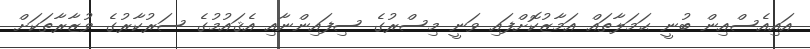
އައިއެސްއިން ބުނީ ޙަމަލާތައް އަމާޒުކޮށްފައި ވަނީ މިސްރުގެ ސިފައިންނާއި އެޤައުމުގެ ސަރުކާރުގެ ވުޒާރާތަކަށް